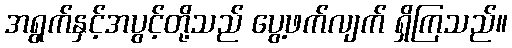
အရွက်နှင့်အပွင့်တို့သည် ပွေ့ဖက်လျက် ရှိကြသည်။